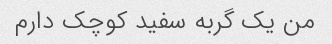
من یک گربه سفید کوچک دارم